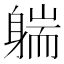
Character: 𰹄